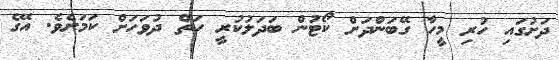
ދަށުގައި ހުރި މީހާ ގޭބަންދަށް ކޯޓުން ބަދަލުކުރީ ހަތް ދުވަހަށް ކަމަށެވެ. އޭގެ